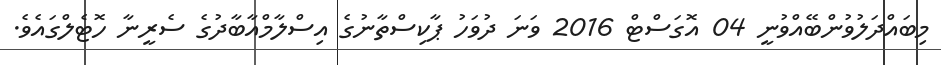
މިބައްދަލުވުންބޭއްވުނީ 04 އޮގަސްޓް 2016 ވަނަ ދުވަހު ޕާކިސްތާނުގެ އިސްލާމްއާބާދުގެ ސެރީނާ ހޮޓެލްގައެވެ.